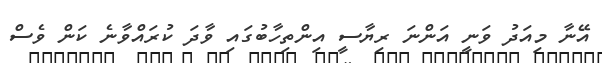
އޭނާ މިއަދު ވަނީ އަންނަ ރިޔާސީ އިންތިހާބުގައި ވާދަ ކުރައްވާނެ ކަން ވެސް